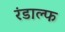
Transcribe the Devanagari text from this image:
रंडाल्फ